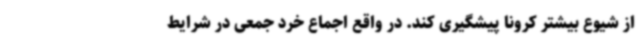
از شیوع بیشتر کرونا پیشگیری کند. در واقع اجماع خرد جمعی در شرایط